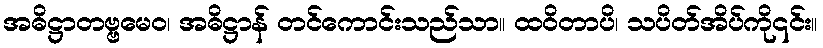
အဓိဋ္ဌာတဗ္ဗမေဝ၊ အဓိဋ္ဌာန် တင်ကောင်းသည်သာ။ ထဝိတာပိ၊ သပိတ်အိပ်ကို၎င်း။